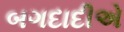
બગદાદીએ